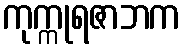
ကုက္ကုရဇာဘက